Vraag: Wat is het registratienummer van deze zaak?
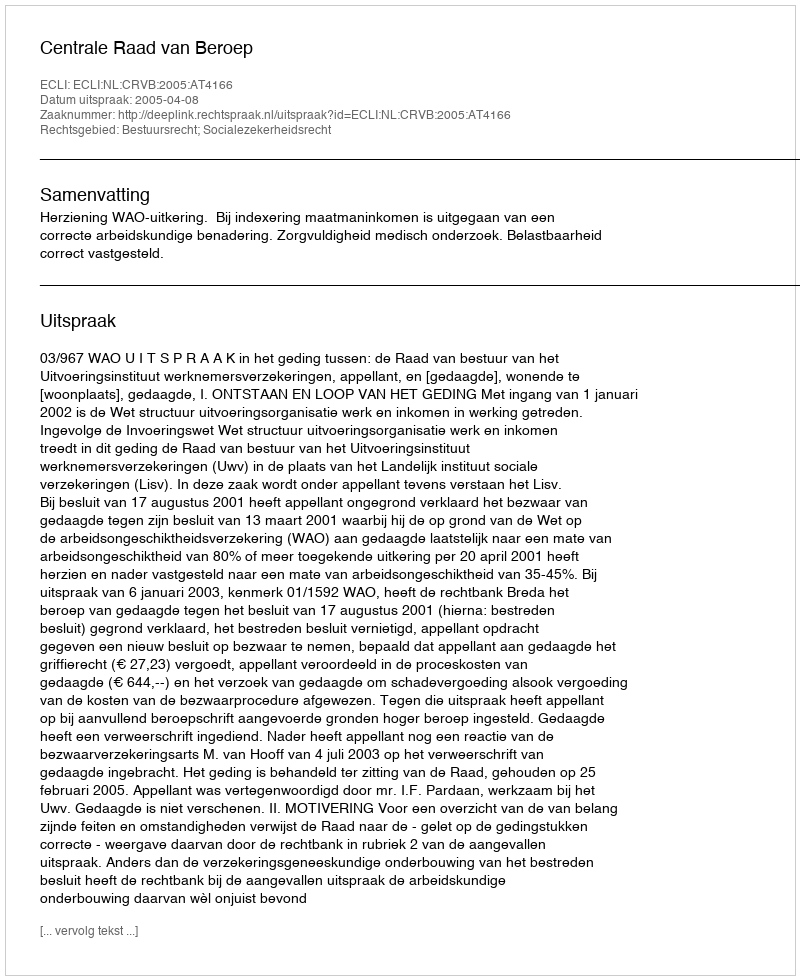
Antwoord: http://deeplink.rechtspraak.nl/uitspraak?id=ECLI:NL:CRVB:2005:AT4166